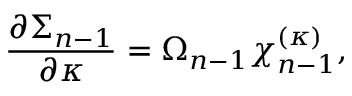
{ \frac { \partial \Sigma _ { n - 1 } } { \partial \kappa } } = \Omega _ { n - 1 } \chi _ { n - 1 } ^ { ( \kappa ) } ,